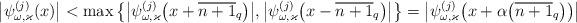
LaTeX: \begin{align*} \big|\psi_{\omega,\varkappa}^{(j)}(x)\big|<\max\big\{\big|\psi_{\omega,\varkappa}^{(j)}\big(x+\overline{n+1}_{q}\big)\big|,\big|\psi_{\omega,\varkappa}^{(j)}\big(x-\overline{n+1}_{q}\big)\big|\big\} = \big|\psi_{\omega,\varkappa}^{(j)}\big(x+\alpha\big(\overline{n+1}_{q}\big)\big)\big|\end{align*}